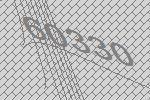
60330